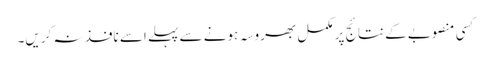
کسی منصوبے کے نتائج پر مکمل بھروسہ ہونے سے پہلے اسے نافذ نہ کریں۔